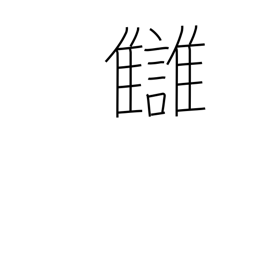
Meaning: revenge